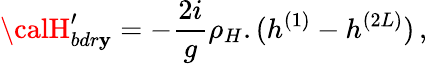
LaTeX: {\calH}_{bdr\mathbf{y}}^{\prime}=-\frac{{2i}}{{g}}\rho_{H}.(h^{(1)}-h^{(2L)})\, ,